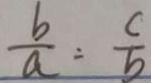
\frac { b } { a } = \frac { c } { b }